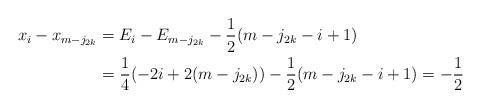
LaTeX: \begin{align*}x_i-x_{m-j_{2k}} &= E_i - E_{m-j_{2k}} - \frac12(m-j_{2k}-i+1)\\&= \frac14(-2i+2(m-j_{2k}))-\frac12(m-j_{2k}-i+1) = -\frac12\end{align*}